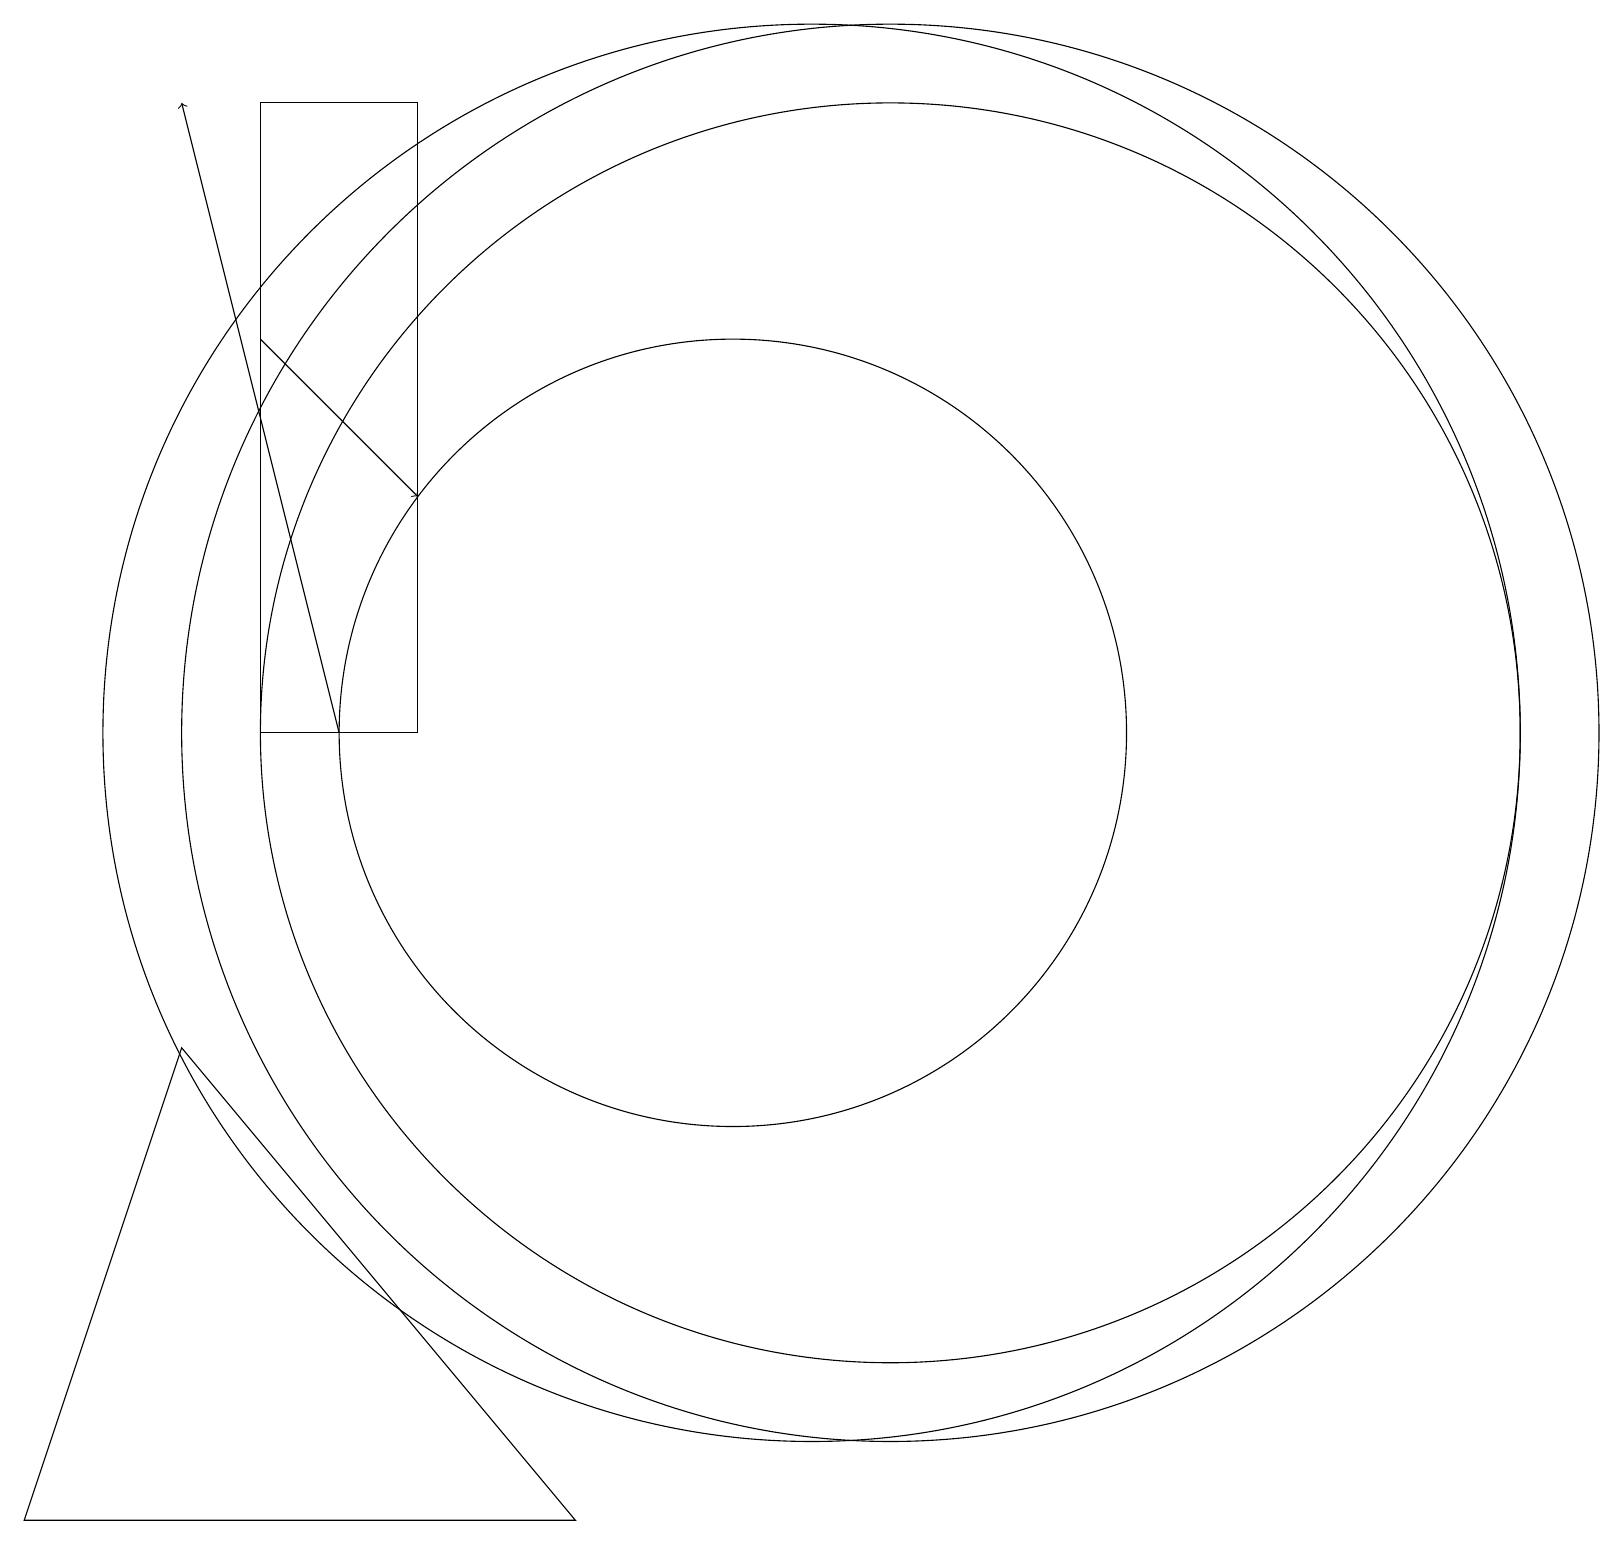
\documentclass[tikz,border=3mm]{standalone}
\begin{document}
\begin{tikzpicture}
\draw (11,11) circle (9);
\draw (12,11) circle (8);
\draw (10,11) circle (5);
\draw[->] (4,16) -- (6,14);
\draw (1,1) -- (8,1) -- (3,7) -- cycle;
\draw (12,11) circle (9);
\draw (6,11) rectangle (4,19);
\draw[->] (5,11) -- (3,19);
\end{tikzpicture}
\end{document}